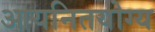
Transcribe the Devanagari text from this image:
आयनितयोग्य